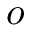
o